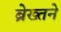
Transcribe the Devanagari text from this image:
ब्रेख्तने